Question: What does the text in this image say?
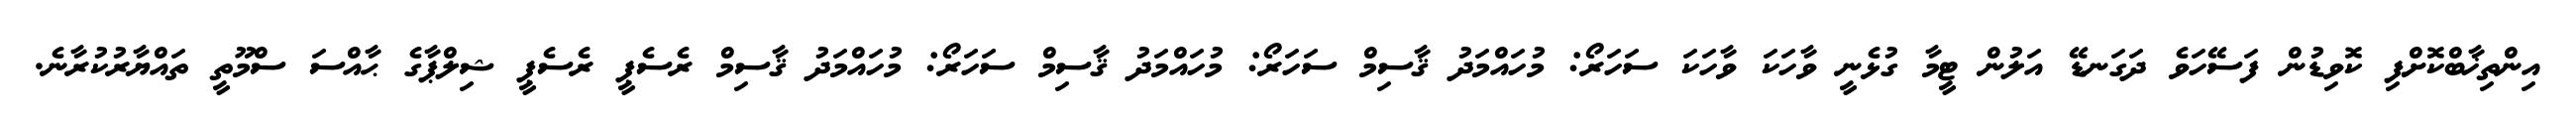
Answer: އިންތިޚާބްކޮށްފި ކޮވިޑުން ފަސޭހަވެ ދަގަނޑޭ އަލުން ޓީމާ ގުޅެނީ ވާހަކަ ވާހަކަ ސަހަރޯ: މުހައްމަދު ޤާސިމް ސަހަރޯ: މުހައްމަދު ޤާސިމް ސަހަރޯ: މުހައްމަދު ޤާސިމް ރެސެޕީ ރެސެޕީ ޝިލްޕާގެ ޙާއްސަ ސްމޫތީ ތައްޔާރުކުރާނެ.